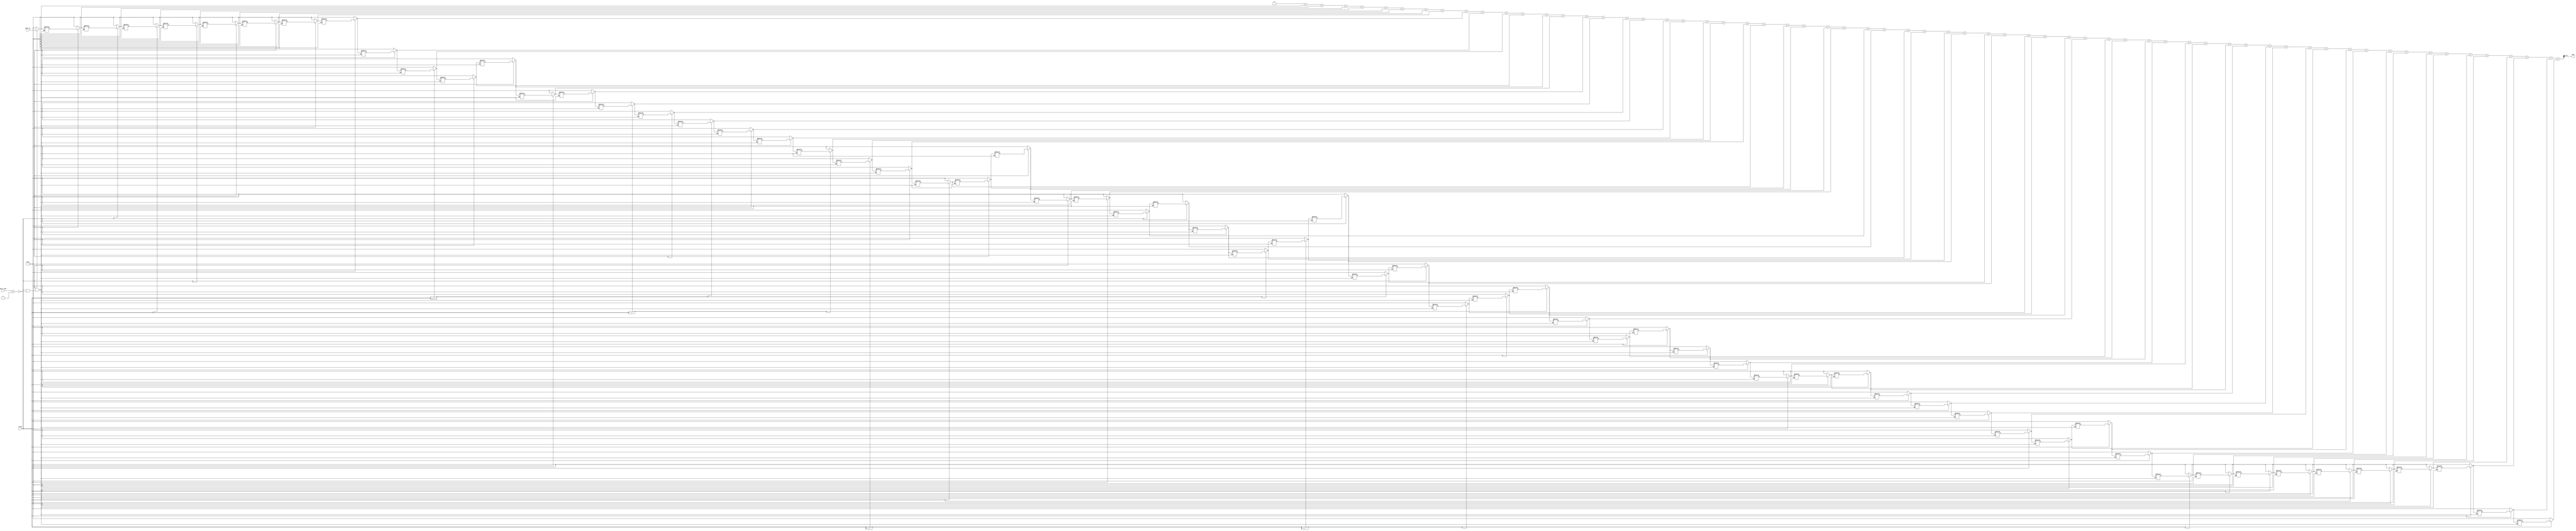
`timescale 1ns / 1ps

module east_sensor(
    reset, next_road, data_in, avg
    );
    input reset;
    input [1:0] next_road;
    input [7:0] data_in;
    output reg [7:0] avg;

    parameter SIZE = 6;
    parameter LEN = 2**SIZE;
    reg [7:0] vehicles [LEN-1:0];
    reg [7:0] i;
    reg [15:0] sum_comb;
  
    always @(next_road or reset) begin 
             
        sum_comb = 'd0;
        
        if(!reset) begin
            for (i=0; i<LEN; i=i+1)
                vehicles[i] = 20;
        end
        
        else if(next_road == 1) begin          
          for (i=LEN-1; i>0; i=i-1)
              vehicles[i] = vehicles[i-1];
          
          vehicles[0] = data_in;
        end
      
       for(i=0; i< LEN; i=i+1) begin
          sum_comb = sum_comb + vehicles[i];
       end
      
       avg = sum_comb >> SIZE;
 
    end    
endmodule